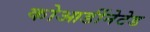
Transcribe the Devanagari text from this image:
कोआर्डीनेटेड